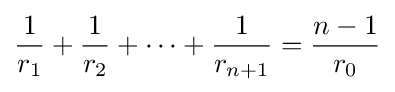
{\frac {1}{r_{1}}}+{\frac {1}{r_{2}}}+\cdots +{\frac {1}{r_{n+1}}}={\frac {n-1}{r_{0}}}